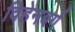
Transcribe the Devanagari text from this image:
विहेनबर्ग